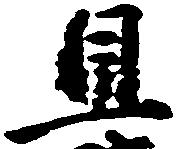
旦